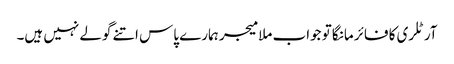
آرٹلری کا فائر مانگا تو جواب ملا میجر ہمارے پاس اتنے گولے نہیں ہیں۔